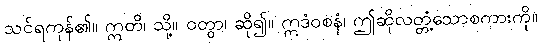
သင်ရကုန်၏။ ဣတိ၊ သို့။ ဝတွာ၊ ဆို၍။ ဣဒံဝစနံ၊ ဤဆိုလတ္တံ့သောစကားကို။